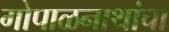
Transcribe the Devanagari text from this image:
गोपाळनाथांचा